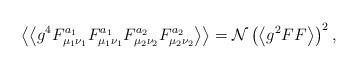
LaTeX: \begin{align*}\left\langle \left\langle g^{4}F_{\mu _{1}\nu _{1}}^{a_{1}}F_{\mu _{1}\nu _{1}}^{a_{1}}F_{\mu _{2}\nu _{2}}^{a_{2}}F_{\mu _{2}\nu _{2}}^{a_{2}}\right\rangle \right\rangle =\mathcal{N}\left( \left\langle g^{2}FF\right\rangle \right) ^{2},\end{align*}